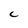
Character: C